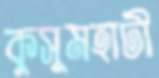
কুসুমহাটী